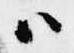
ハ